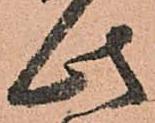
此